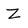
Character: Z